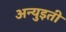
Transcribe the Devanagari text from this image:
अन्युइती